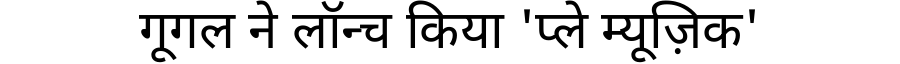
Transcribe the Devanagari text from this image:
गूगल ने लॉन्च किया 'प्ले म्यूज़िक'